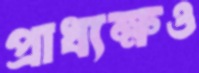
প্রাধ্যক্ষও